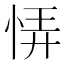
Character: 𢙱